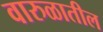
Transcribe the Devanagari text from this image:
वारुळातील